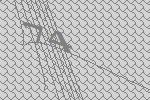
74